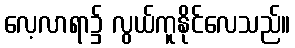
လေ့လာရာ၌ လွယ်ကူနိုင်လေသည်။